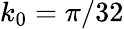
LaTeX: k_{0}=\pi/32